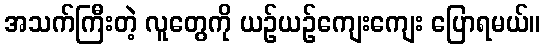
အသက်ကြီးတဲ့ လူတွေကို ယဉ်ယဉ်ကျေးကျေး ပြောရမယ်။